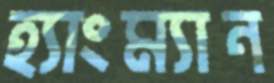
হ্যাংম্যান